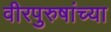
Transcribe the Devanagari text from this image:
वीरपुरुषांच्या